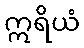
ဣရိယံ